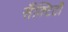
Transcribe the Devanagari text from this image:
सैंक्टिटी